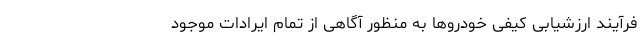
فرآیند ارزشیابی کیفی خودروها به منظور آگاهی از تمام ایرادات موجود